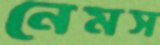
নেমস